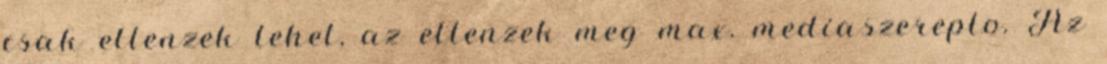
csak ellenzek lehet, az ellenzek meg max. mediaszereplo. Az